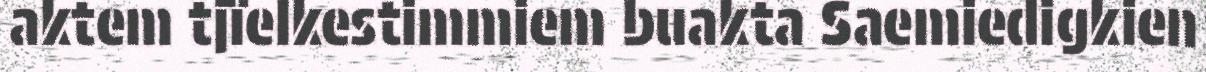
aktem tjïelkestimmiem buakta Saemiedigkien